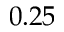
0 . 2 5